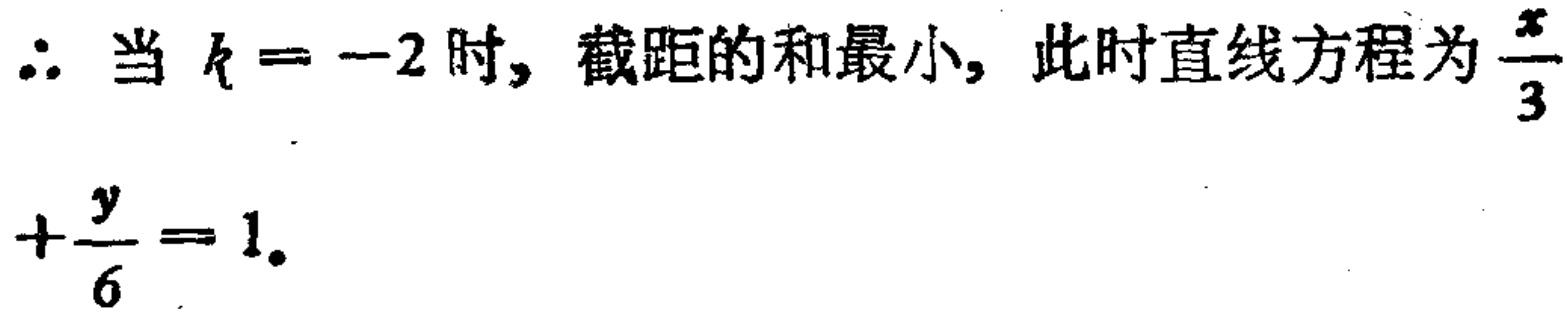
$\therefore$ 当 $k = -2$ 时, 截距的和最小, 此时直线方程为$\frac{x}{3}+\frac{y}{6}=1$。